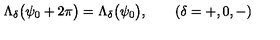
\Lambda _ { \delta } \bigl ( \psi _ { 0 } + 2 \pi \bigr ) = \Lambda _ { \delta } \bigl ( \psi _ { 0 } \bigr ) , \qquad ( \delta = + , 0 , - )